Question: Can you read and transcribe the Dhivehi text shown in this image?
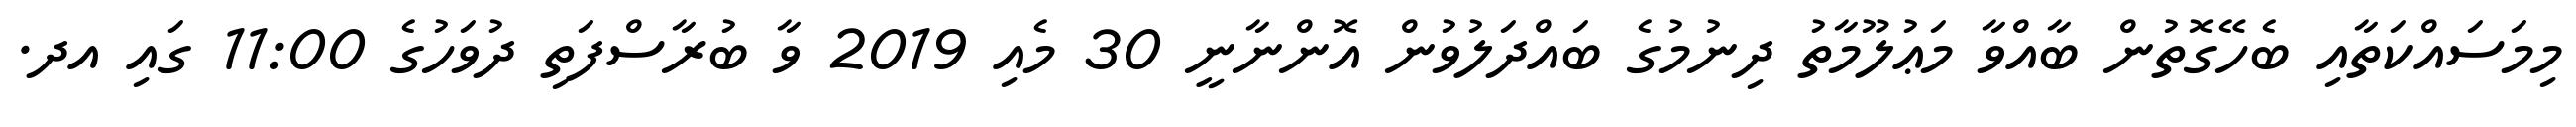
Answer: މިމަސައްކަތާއި ބެހޭގޮތުން ބާއްވާ މަޢުލޫމާތު ދިނުމުގެ ބައްދަލުވުން އޮންނާނީ 30 މެއި 2019 ވާ ބުރާސްފަތި ދުވަހުގެ 11:00 ގައި އދ.